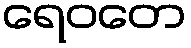
ရေဝတေ